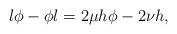
LaTeX: \begin{align*}l\phi -\phi l=2\mu h\phi -2\nu h, \end{align*}